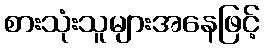
စားသုံးသူများအနေဖြင့်